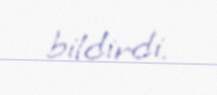
bildirdi.